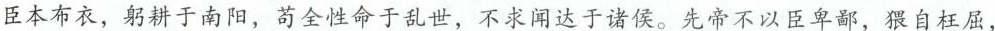
臣本布衣，躬耕于南阳，苟全性命于乱世，不求闻达于诸侯。先帝不以臣卑鄙，猥自枉屈，